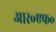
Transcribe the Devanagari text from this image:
आर॰एफ॰